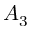
A _ { 3 }